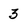
Character: 3